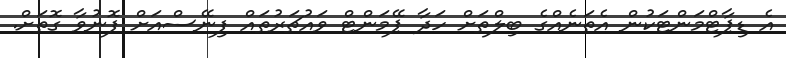
އެ ޑިޕާޓްމަންޓަކުން އެތަނެއްގެ ބިލްތަށް ހަދާ ޕޭމަންޓް ވައުޗަރުތައް ފިނޭސްއަށް ފޮނުވާ ގޮތަށް.